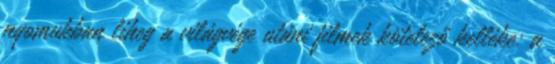
nyomukban liheg a világvége utáni filmek kötelező kelléke: a